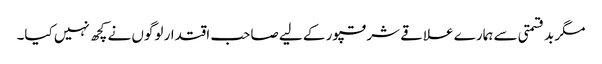
مگر بدقسمتی سے ہمارے علاقے شرقپور کے لیے صاحب اقتدار لوگوں نے کچھ نہیں کیا۔